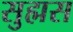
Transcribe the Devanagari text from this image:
सुह्मस